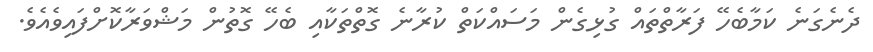
ދެނެގަނެ ކަމާބެހޭ ފަރާތްތައް ގުޅިގެން މަސައްކަތް ކުރާނެ ގޮތްތަކާއި ބެހޭ ގޮތުން މަޝްވަރާކޮށްފައިވެއެވެ.